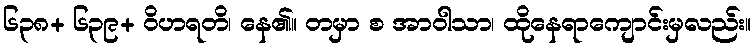
၆၃၈+ ၆၃၉+ ဝိဟရတိ၊ နေ၏။ တမှာ စ အာဝါသာ၊ ထိုနေရာကျောင်းမှလည်း။